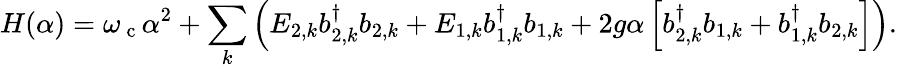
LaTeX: H(\alpha)=\omega_{\mathrm{~c~}}\alpha^{2}+\sum_{k}\left(E_{2,k}b_{2,k}^{\dagger}b_{2,k}+E_{1,k}b_{1,k}^{\dagger}b_{1,k}+2g\alpha\left[b_{2,k}^{\dagger}b_{1,k}+b_{1,k}^{\dagger}b_{2,k}\right]\right).